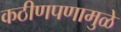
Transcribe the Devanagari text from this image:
कठीणपणामुळे